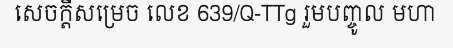
សេចក្តីសម្រេច លេខ 639/Q-TTg រួមបញ្ចូល មហា